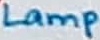
Text: Lamp